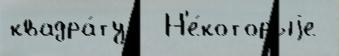
квадра́ту - Н'е́которыjе